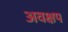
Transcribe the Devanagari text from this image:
अवक्षप